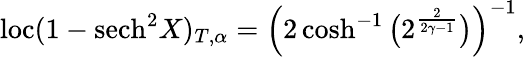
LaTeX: \mathrm{loc}(1-\mathrm{sech}^{2}X)_{T,\alpha}=\left(2\cosh^{-1}\big(2^{\frac{2}{2\gamma-1}}\big)\right)^{-1},